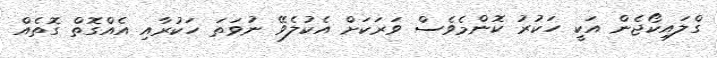
ގްލައިކޯޖެން އަކީ ހަކުރު ކޮންމެވެސް ވަރަކަށް އެކުލެވޭ ނުވަތަ ހަކުރާއި އެއްގޮތް ގޮތެއް